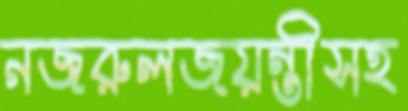
নজরুলজয়ন্তীসহ